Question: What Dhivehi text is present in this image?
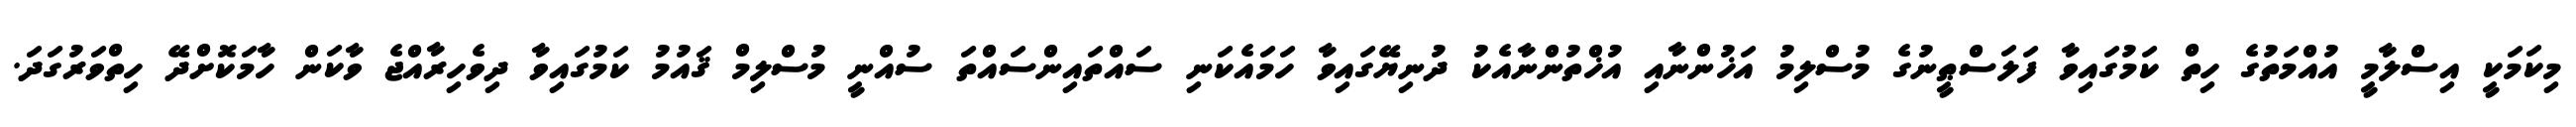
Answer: މިކަމަކީ އިސްލާމީ އުއްމަތުގެ ހިތް ކަމުގައިވާ ފަލަސްޠީނުގެ މުސްލިމު އަޚުންނާއި އުޚްތުންނާއެކު ދުނިޔޭގައިވާ ހަމައެކަނި ސައްތައިންސައްތަ ސުއްނީ މުސްލިމް ޤައުމު ކަމުގައިވާ ދިވެހިރާއްޖެ ވާކަން ހާމަކޮށްދޭ ހިތްވަރުގަދަ.